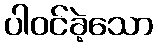
ပါဝင်ခဲ့သော